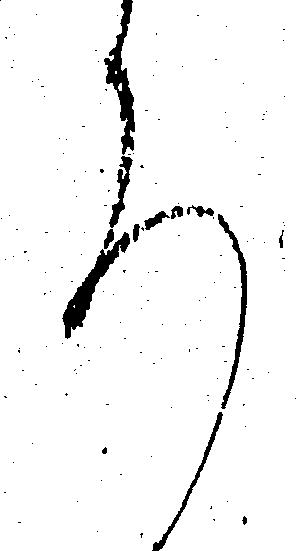
ろ